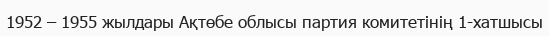
1952 – 1955 жылдары Ақтөбе облысы партия комитетінің 1-хатшысы